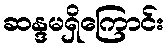
ဆန္ဒမရှိကြောင်း